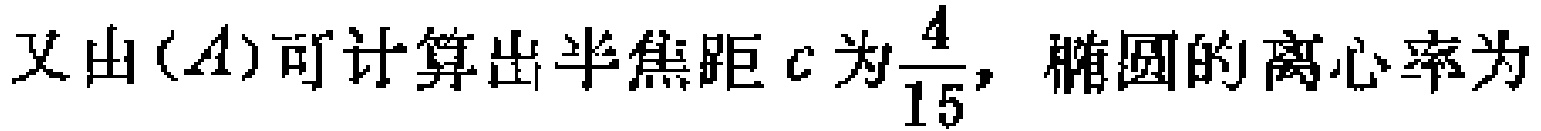
又由$(A)$可计算出半焦距\(c\)为\(\frac{4}{15}\)，椭圆的离心率为